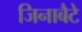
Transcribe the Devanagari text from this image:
जिनाबैटे